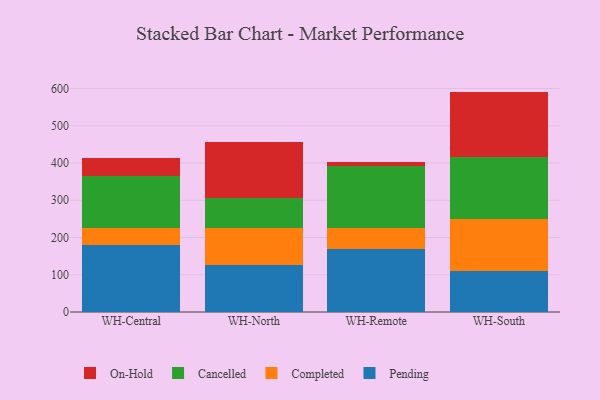
{"axis": {"x": "Warehouse", "y": "Production Output"}, "legend": ["Cancelled", "Completed", "On-Hold", "Pending"], "data": [{"x": "WH-Central", "y": 179.1, "type": "Pending"}, {"x": "WH-Central", "y": 45.3, "type": "Completed"}, {"x": "WH-Central", "y": 142.0, "type": "Cancelled"}, {"x": "WH-Central", "y": 46.3, "type": "On-Hold"}, {"x": "WH-North", "y": 126.0, "type": "Pending"}, {"x": "WH-North", "y": 100.0, "type": "Completed"}, {"x": "WH-North", "y": 80.2, "type": "Cancelled"}, {"x": "WH-North", "y": 149.2, "type": "On-Hold"}, {"x": "WH-Remote", "y": 169.0, "type": "Pending"}, {"x": "WH-Remote", "y": 55.7, "type": "Completed"}, {"x": "WH-Remote", "y": 167.0, "type": "Cancelled"}, {"x": "WH-Remote", "y": 10.5, "type": "On-Hold"}, {"x": "WH-South", "y": 109.1, "type": "Pending"}, {"x": "WH-South", "y": 140.9, "type": "Completed"}, {"x": "WH-South", "y": 164.9, "type": "Cancelled"}, {"x": "WH-South", "y": 176.9, "type": "On-Hold"}]}